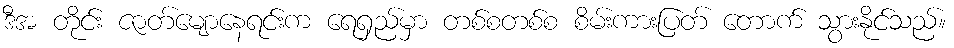
ဒီအ တိုင်း ဇာတ်မျောနေရင်းက ရေရှည်မှာ တစ်စတစ်စ စိမ်းကားပြတ် တောက် သွားနိုင်သည်။